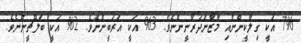
7% އަކީ ގިލާކީންނާއި މާޒާންދަރާނީންނެވެ. 3% އަކީ އަރަބީންނެވެ. 2% އަކީ ބަލޫޗީންނެވެ.